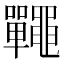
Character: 𪓽